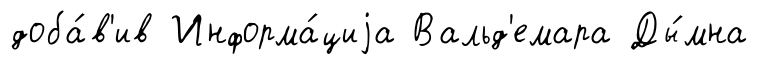
доба́в'ив Информа́циjа Вальд'емара Ды́мна